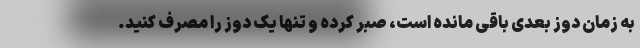
به زمان دوز بعدی باقی مانده است، صبر کرده و تنها یک دوز را مصرف کنید.